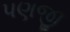
પણજી